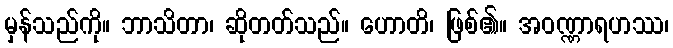
မှန်သည်ကို။ ဘာသိတာ၊ ဆိုတတ်သည်။ ဟောတိ၊ ဖြစ်၏။ အဝဏ္ဏာရဟဿ၊